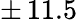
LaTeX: \pm\, 11.5